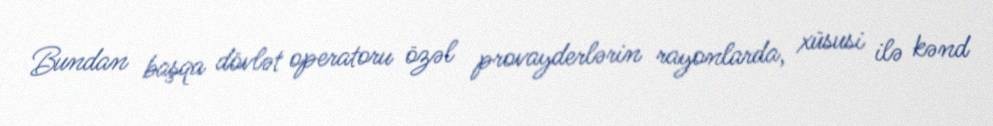
Bundan başqa dövlət operatoru özəl provayderlərin rayonlarda, xüsusi ilə kənd